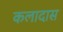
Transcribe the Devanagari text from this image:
कलादास